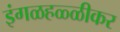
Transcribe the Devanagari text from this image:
इंगळहळ्ळीकर